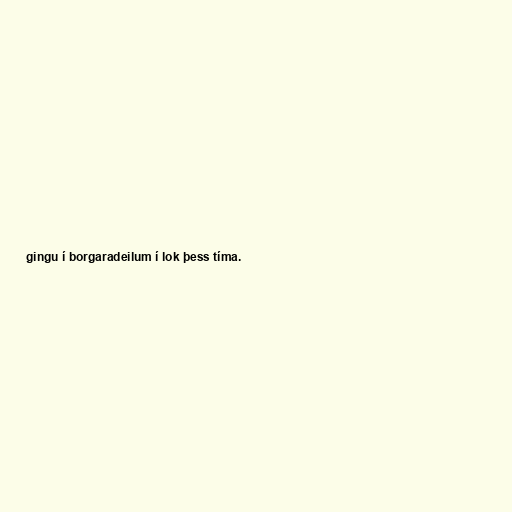
gingu í borgaradeilum í lok þess tíma.